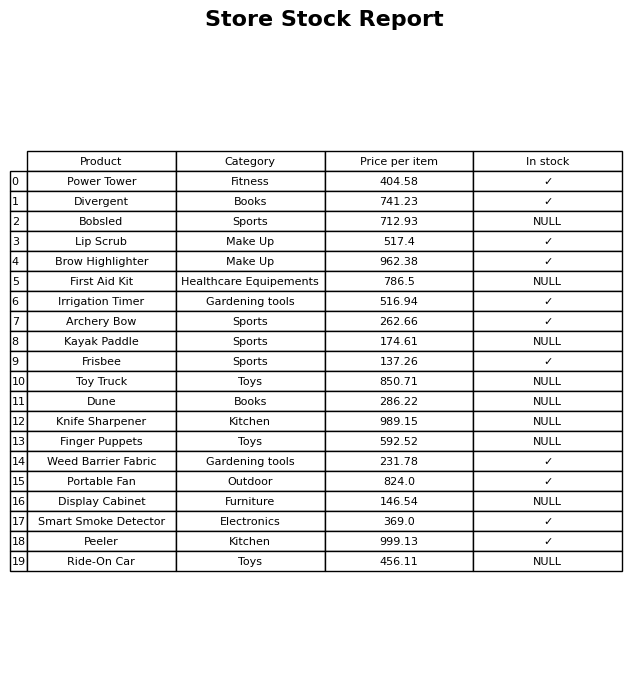
question: What is the stock status of the Ride-On Car?
answer: NULL